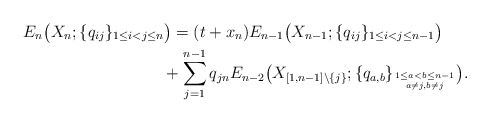
\begin{gather*} E_n\big( X_n; \{q_{ij} \}_{1 \le i < j \le n}\big) = (t+x_n)E_{n-1}\big( X_{n-1}; \{q_{ij} \}_{1 \le i < j \le n-1}\big) \\\hphantom{E_n\big( X_n; \{q_{ij} \}_{1 \le i < j \le n}\big) =}{}+\sum_{j=1}^{n-1} q_{jn} E_{n-2}\big( X_{[1,n-1] {\setminus} \{j \}};\{q_{a,b } \}_{1 \le a < b \le n-1 \atop a\not=j, b \not= j} \big).\end{gather*}